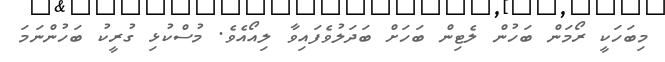
މިބަހަކީ ރޯމަން ބަހުން ލެޓިން ބަހަށް ބަދަލުވެފައިވާ ލިއޯއެވެ. މުސްކުޅި ގުރީކު ބަހުންނަމަ